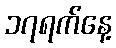
၁၇ရက်နေ့